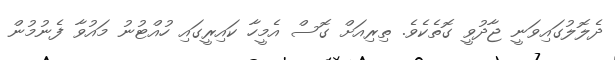
ދެލޮލުގައިވަނީ ޖާދުވީ ގޮތެކެވެ. ތިރިއަށް ގޮސް އެމީހާ ކައިރީގައި ހުއްޓުނު މައުވާ ފެނުމުން